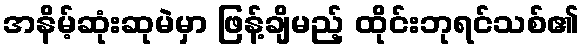
အနိမ့်ဆုံးဆုမဲမှာ ဖြန့်ချိမည့် ထိုင်းဘုရင်သစ်၏